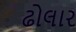
ઢોલાર